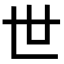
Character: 世